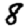
Digit: 8